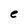
Character: e